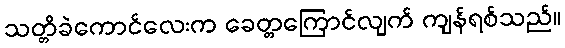
သတ္တိခဲကောင်လေးက ခေတ္တကြောင်လျက် ကျန်ရစ်သည်။